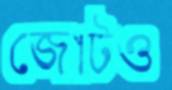
জোটও